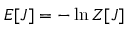
E [ J ] = - \ln Z [ J ]